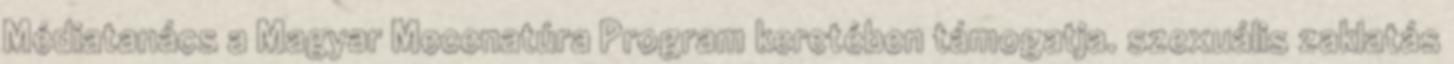
Médiatanács a Magyar Mecenatúra Program keretében támogatja. szexuális zaklatás